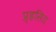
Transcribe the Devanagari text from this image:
प्र्ह्रसित